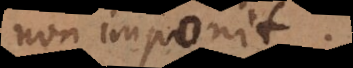
non imponit.